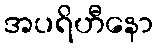
အပရိဟီနော